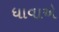
ધાવાએ